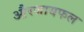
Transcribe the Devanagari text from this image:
औरजायफल